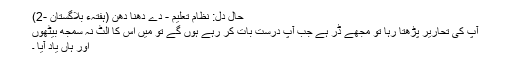
حالِ دل: نظام تعلیم - دے دھنا دھن (ہفتہء بلاگستان -2)
آپ کی تحاریر پڑھتا رہا تو مجھے ڈر ہے جب آپ درست بات کر رہے ہوں گے تو میں اس کا اُلٹ نہ سمجھ بیٹھوں
اور ہاں یاد آیا ۔